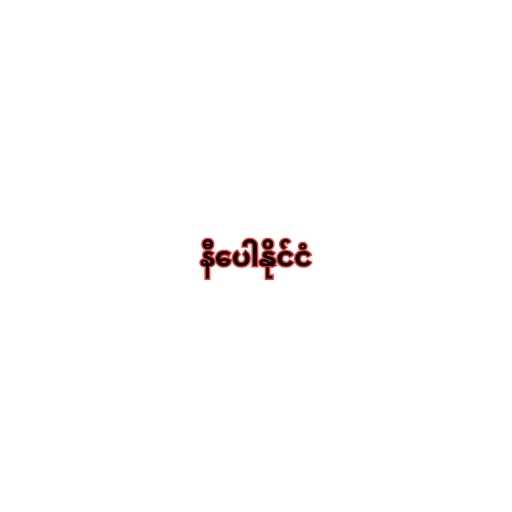
နီပေါနိုင်ငံ